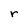
Character: r